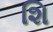
શિ